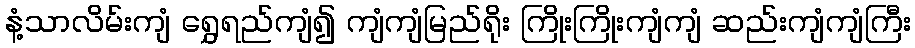
နံ့သာလိမ်းကျံ ရွှေရည်ကျံ၍ ကျံကျံမြည်ရိုး ကြိုးကြိုးကျံကျံ ဆည်းကျံကျံကြီး